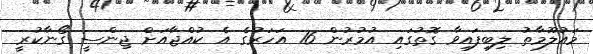
މައުލޫމާތު ލިބިފައިވާ ގޮތުގައި އުމުރުން 16 އަހަރުގެ އެ ކުއްޖާއަށް ޖިންސީ ގޯނާކުރީ